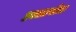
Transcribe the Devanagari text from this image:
हल्लाबोळ